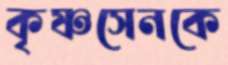
কৃষ্ণসেনকে